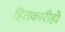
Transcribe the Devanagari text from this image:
हितकारीहो